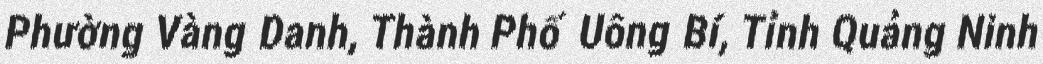
Phường Vàng Danh, Thành Phố Uông Bí, Tỉnh Quảng Ninh